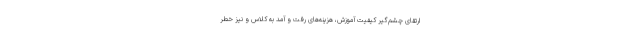
ارتقای چشم‌گیر کیفیت آموزش، هزینه‌های رفت و آمد به کلاس و نیز خطر